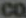
CO